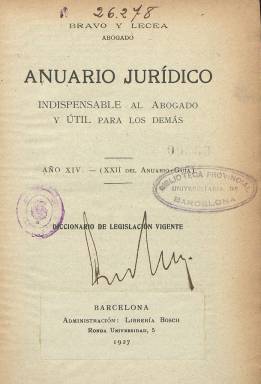
Título: Anuario jurídico indispensable al abogado y útil para los demás
Otros títulos: Título: Anuario jurídico, <1933->
Colección: Derecho
Ámbito geográfico: Barcelona
Lugar de publicación: Barcelona
Fechas: 01/01/1927-31/12/1935

Esta publicación editada en Barcelona que recoge todo tipo de leyes, normas y reglamentos, los aprobados en el año anterior y los que ya estaba vigentes, está relacionada con otra similar ya desaparecida titulada ‘El Indispensable para el abogado y útil para los demás’. De hecho, es éste su subtítulo, además de que se declara heredera y continuación del anuario que comenzara a publicar en 1902 el abogado Tomás Bravo y Lecea.

Bravo y Lecea era un reconocido abogado y jurisconsulto, además de ejercer el periodismo, siendo fundador y director de la Asociación de la Prensa de Guadalajara. Había comenzado haciendo un Anuario-Guía de Guadalajara y su provincia y pasó en 1910 a editar ‘El Indispensable para el abogado y útil para los demás’, que era una publicación diferente pues compilaba toda la legislación vigente en España y era también una especie de directorio de Derecho, con nombres y domicilios de abogados, notarios, jueces, magistrados y catedráticos de Derecho.

El nuevo Anuario Jurídico, no editado ya por Bravo y Lecea y que tampoco incluye ese directorio jurídico de nombres, sí se presenta como continuación del anterior, como un diccionario de legislación vigente que presenta las disposiciones legales de forma clara y sistemática en un solo tomo, sin necesidad de consultar muchos libros y apéndices. La busca de los términos se hace fácilmente por orden alfabético. Según señala la misma publicación: ‘Sea cualquiera la materia que se pretenda buscar, debe mirarse el nombre de ésta; si no, el Cuerpo u organismo a que pertenece, y en último caso, el Departamento ministerial al que corresponda’.

Y resalta la utilidad de una obra como ésta pues: ‘Todos, lo mismo el abogado que el industrial, el comerciante que el simple ciudadano, han de saber sus derechos y deberes en la sociedad, en la que no es posible dar un paso sin que exista un precepto legal que lo regule’.

   Como deudor que era del anuario iniciado por Bravo y Lecea, en la última página del primer número de la nueva publicación se pueden leer las obras de este abogado y periodista, como ‘Nubes y Celajes’ (colección de artículos literarios), ‘Globulillos’ (revista cómica), ‘La clase obrera’ (estudio científico-social) y algunas otras.

[Descripción publicada el 17/9/2020]